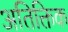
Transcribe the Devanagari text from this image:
अतिक्तिक